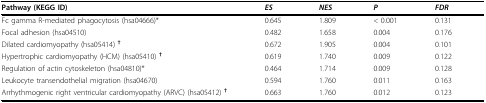
| Pathway (KEGG ID) | ES | NES | P | FDR |
 | --- | --- | --- | --- | --- |
 | Fc gamma R-mediated phagocytosis (hsa04666)* | 0.645 | 1.809 | < 0.001 | 0.131 |
 | Focal adhesion (hsa04510) | 0.482 | 1.658 | 0.004 | 0.176 |
 | Dilated cardiomyopathy (hsa05414) † | 0.672 | 1.905 | 0.004 | 0.101 |
 | Hypertrophic cardiomyopathy (HCM) (hsa05410) † | 0.619 | 1.740 | 0.009 | 0.122 |
 | Regulation of actin cytoskeleton (hsa04810)* | 0.464 | 1.714 | 0.009 | 0.128 |
 | Leukocyte transendothelial migration (hsa04670) | 0.594 | 1.760 | 0.011 | 0.163 |
 | Arrhythmogenic right ventricular cardiomyopathy (ARVC) (hsa05412) † | 0.663 | 1.760 | 0.012 | 0.123 |